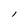
Character: l